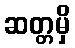
ဆတ္တမှိ